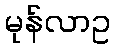
မုန်လာဥ